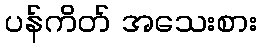
ပန်ကိတ် အသေးစား